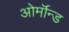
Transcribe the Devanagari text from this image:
ओर्मॉन्ड